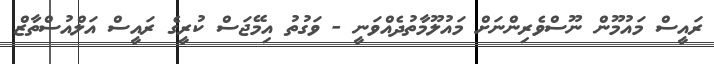
ރައީސް މައުމޫން ނޫސްވެރިންނަށް މައުލޫމާތުދެއްވަނީ - ވަގުތު އިމޭޖަސް ކުރީގެ ރައީސް އަލްއުސްތާޒް